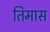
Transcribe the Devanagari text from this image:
तिमास